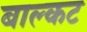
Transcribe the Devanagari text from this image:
बाल्कट